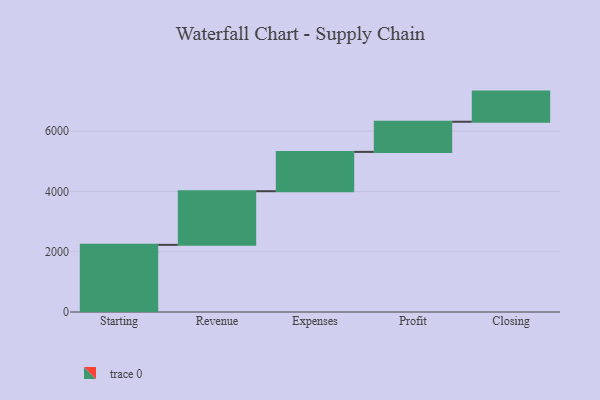
{"axis": {"x": "Step", "y": "Value"}, "legend": [""], "data": [{"x": "Starting", "y": 2228.0, "type": ""}, {"x": "Revenue", "y": 1780.0, "type": ""}, {"x": "Expenses", "y": 1305.0, "type": ""}, {"x": "Profit", "y": 1000, "type": ""}, {"x": "Closing", "y": 1000, "type": ""}]}